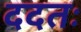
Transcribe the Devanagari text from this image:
ददतः